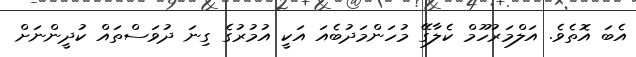
އެބަ އޮތެވެ. އަލްމަރުހޫމް ކެލާގޭ މުހަންމަދުބެއަ އަކީ އުމުރުގެ ގިނަ ދުވަސްތައް ކުދީންނަށް